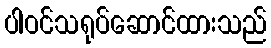
ပါဝင်သရုပ်ဆောင်ထားသည်